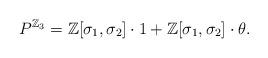
LaTeX: \begin{align*}P^{\mathbb{Z}_3} =\mathbb{Z}[\sigma_1,\sigma_2]\cdot 1 +\mathbb{Z}[\sigma_1,\sigma_2]\cdot\theta .\end{align*}